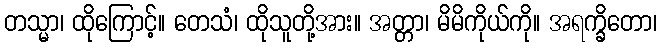
တသ္မာ၊ ထိုကြောင့်။ တေသံ၊ ထိုသူတို့အား။ အတ္တာ၊ မိမိကိုယ်ကို။ အရက္ခိတော၊